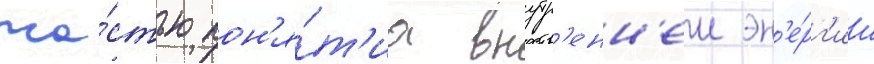
ча́стью пон'я́т'иа внутр'енн'еи эн'е́рг'ии